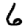
Digit: 6